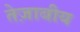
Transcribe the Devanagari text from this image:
तेज़ाबीय